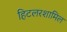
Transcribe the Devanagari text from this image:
हिटलरशामिल